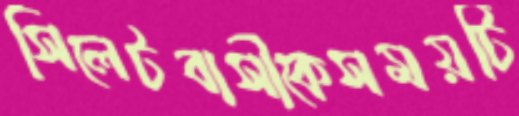
সিলেটবাসীকেসময়টি